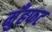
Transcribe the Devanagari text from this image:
मुँहफट